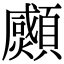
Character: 𩕠